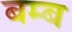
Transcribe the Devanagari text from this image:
बम्‍ब